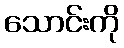
သောင်းကို